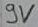
Text: 9V